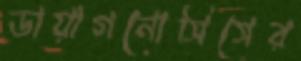
ডায়াগনোসিসের